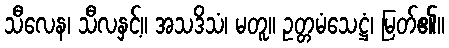
သီလေန၊ သီလနှင့်။ အသဒိသံ၊ မတူ။ ဥတ္တမံသေဋ္ဌံ၊ မြတ်၏။